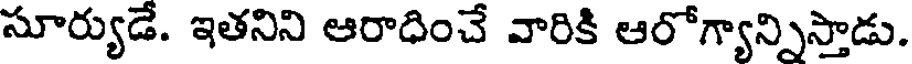
సూర్యుడే. ఇతనిని ఆరాధించే వారికి ఆరోగ్యాన్నిస్తాడు.